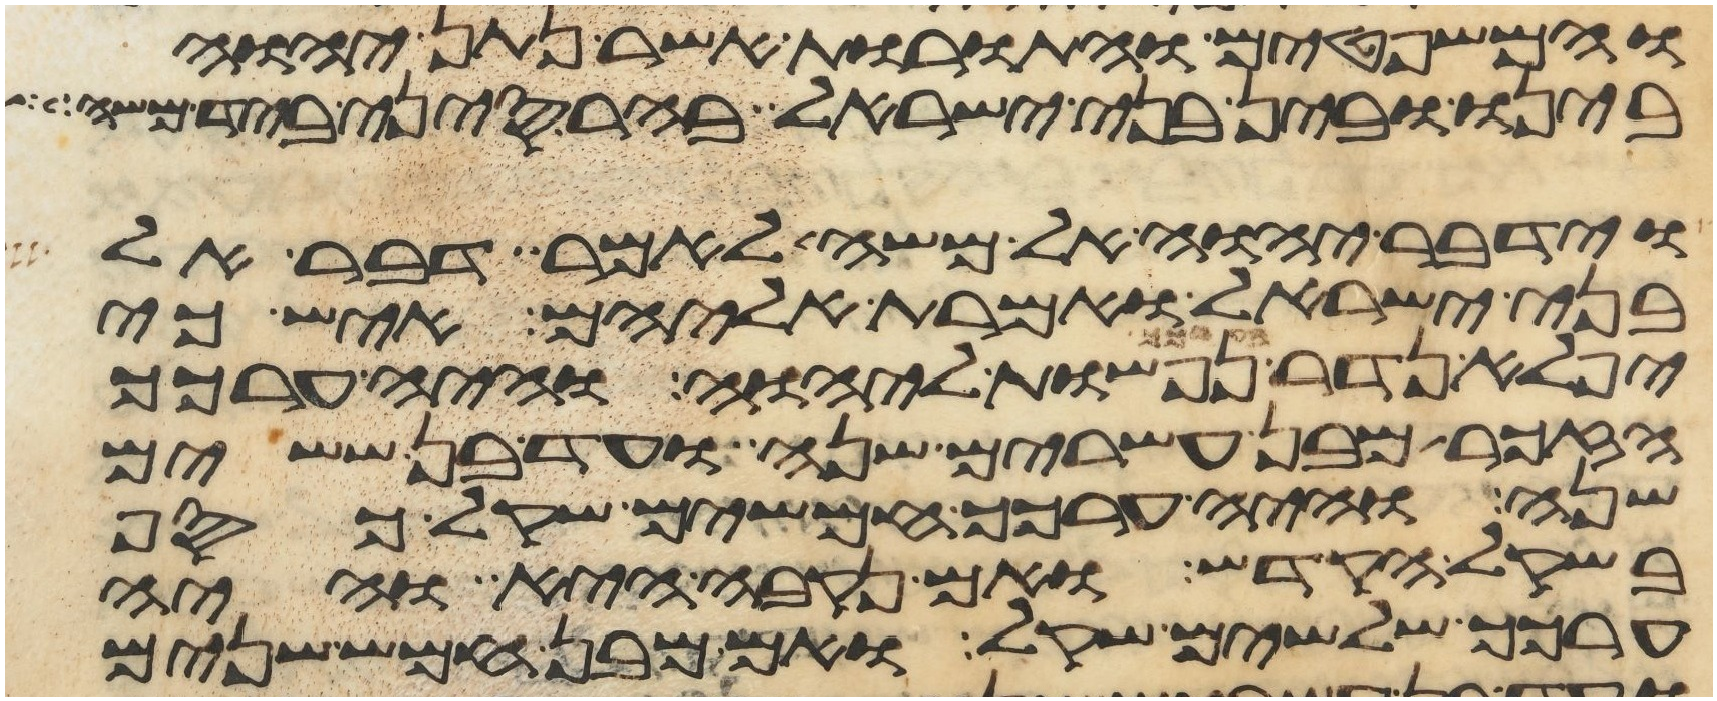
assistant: והמשפטים והתורות אשר נתן יהוה
בינו ובין בני ישראל בהר סיני ביד משה
וידבר יהוה אל משה לאמר דבר אל
בני ישראל ואמרת אליהם איש כי
יפלא נדר בערכך נפשות ליהוה והיה ערכך
הזכר מבן עשרים שנה ועד בן ששים
שנה והיה ערכך חמשים שקל כסף
בשקל הקדש ואם נקבה היא והיה
ערכך שלשים שקל ואם מבן חמש שנים